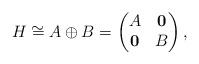
LaTeX: \begin{align*}H\cong A\oplus B=\begin{pmatrix}A&\mathbf{0}\\\mathbf{0}&B\end{pmatrix},\end{align*}